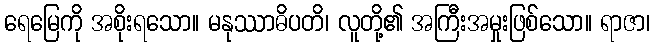
ရေမြေကို အစိုးရသော။ မနုဿာဓိပတိ၊ လူတို့၏ အကြီးအမှုးဖြစ်သော။ ရာဇာ၊